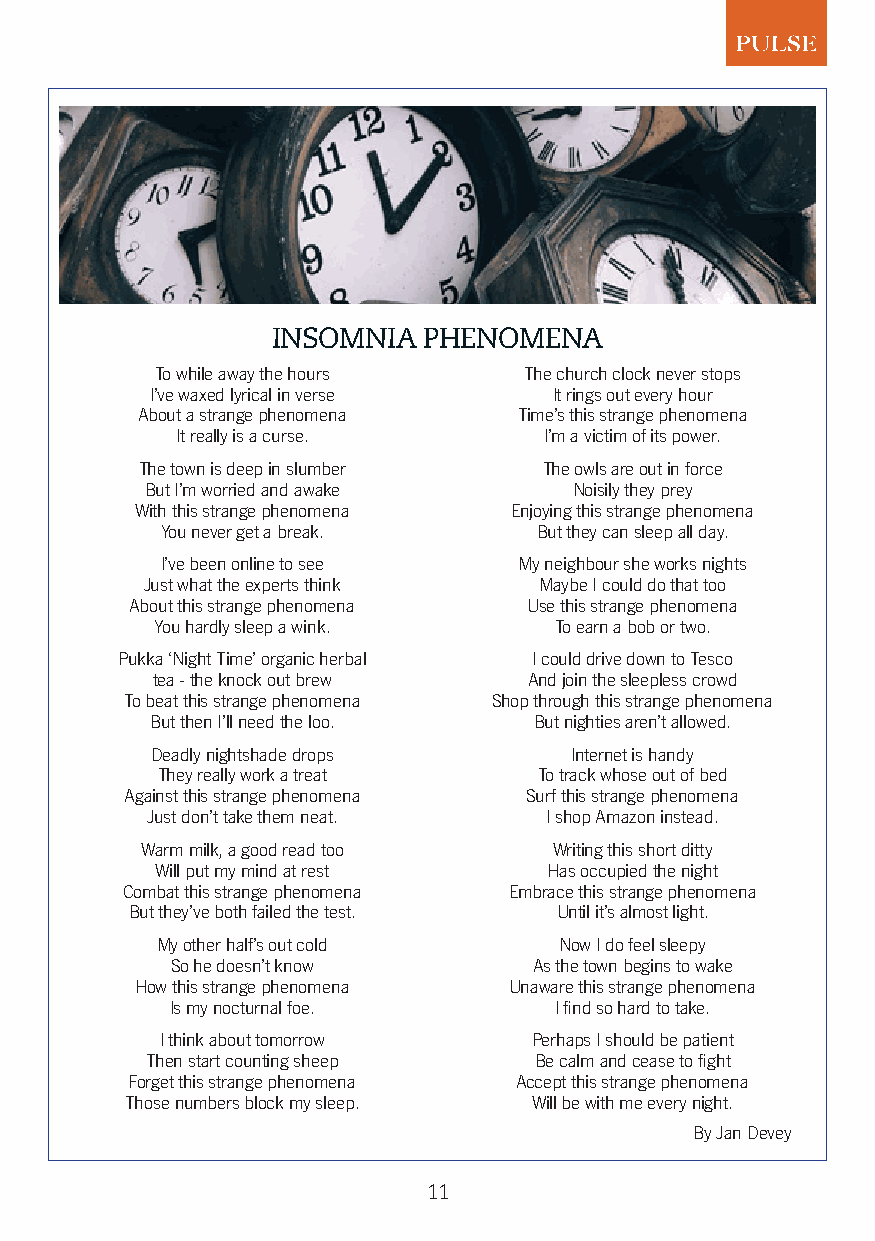
INSOMNIA  PHENOMENA
 To while away the hours  The church clock never stops
 I’ve waxed lyrical in verse It rings out every hour
 About a strange phenomena Time’s this strange phenomena
 It really is a curse.   I’m a victim of its power.
 The town is deep in slumber The owls are out in force
 But I’m worried and awake   Noisily they prey
 With this strange phenomena Enjoying this strange phenomena
 You never get a break.  But they can sleep all day.
 I’ve been online to see My neighbour she works nights
 Just what the experts think Maybe I could do that too
 About this strange phenomena Use this strange phenomena
 You hardly sleep a wink.   To earn a bob or two.
 Pukka ‘Night Time’ organic herbal I could drive down to Tesco
 tea - the knock out brew And join the sleepless crowd
 To beat this strange phenomena Shop through this strange phenomena
 But then I’ll need the loo. But nighties aren’t allowed.
 Deadly nightshade drops     Internet is handy
 They really work a treat  To track whose out of bed
 Against this strange phenomena Surf this strange phenomena
 Just don’t take them neat. I shop Amazon instead.
 Warm milk, a good read too  Writing this short ditty
 Will put my mind at rest  Has occupied the night
 Combat this strange phenomena Embrace this strange phenomena
 But they’ve both failed the test. Until it’s almost light.
 My other half’s out cold   Now I do feel sleepy
 So he doesn’t know      As the town begins to wake
 How this strange phenomena Unaware this strange phenomena
 Is my nocturnal foe.      I find so hard to take.
 I think about tomorrow  Perhaps I should be patient
 Then start counting sheep Be calm and cease to fight
 Forget this strange phenomena Accept this strange phenomena
 Those numbers block my sleep. Will be with me every night.
 By Jan Devey
 11